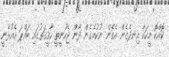
ކޮއްކޮ މީހަކާ އިނދެގެން އެގޭން ނުކުމެގެން ދާން ޖެހުނީތީ ހާޤީޤަތުގައި ބައްޕަ އެއުޅެނީ